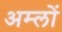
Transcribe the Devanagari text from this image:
अम्‍लों